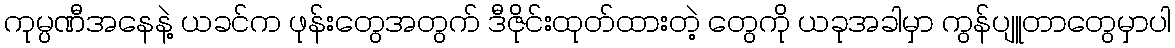
ကုမ္ပဏီအနေနဲ့ ယခင်က ဖုန်းတွေအတွက် ဒီဇိုင်းထုတ်ထားတဲ့ တွေကို ယခုအခါမှာ ကွန်ပျူတာတွေမှာပါ